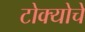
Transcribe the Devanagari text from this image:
टोक्योचे